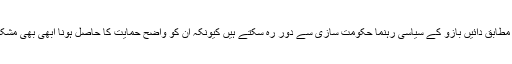
تجزیہ کاروں کے مطابق دائیں بازو کے سیاسی رہنما حکومت سازی سے دور رہ سکتے ہیں کیونکہ ان کو واضح حمایت کا حاصل ہونا ابھی بھی مشکل دکھائی دیتا ہے۔